Insane asylums in Bengal annual reports 1876-1887 - 1876-1887
Year: 1876
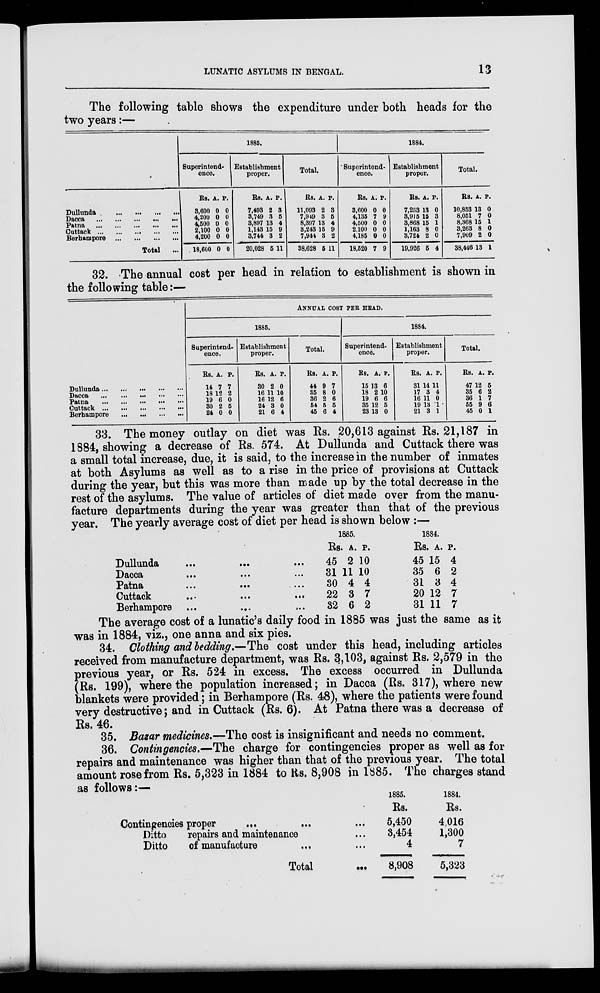
LUNATIC ASYLUMS IN BENGAL.
13
The following table shows the expenditure under both heads for the
two years:—
Dullunda
...
...
...
...
Dacca
...
...
...
...
...
Patna
...
...
...
...
...
Cuttack ... ... ... ... ... ...
Berhampore ... ... ... ... ...
Total ...
1885.
Superintend-
ence.
Rs.
3,600
4,200
4,500
2,100
4,200
18,600
A.
0
0
0
0
0
0
P.
0
0
0
0
0
0
Establishment
proper.
Rs.
7,493
3,749
3,897
1,143
3,744
20,028
A.
2
3
13
15
3
5
P.
3
5
4
9 2
11
Total.
Rs.
11,093
7,949
8,397
8,243
7,944
38,628
A.
2
3
13
15
3
5
P.
3
5
4
9
2
11
1884.
Superintend-
ence.
Rs.
3,600
4,135
4,500
2,100
4,185
18,520
A.
0
7
0
0
0
7
P.
0
9
0
0
0
9
Establishment
proper.
Rs.
7,258
3,915
3,868
1,163
3,724
19,926
A.
13
15
15
8
2
5
P.
0
3
1
0
0
4
Total.
Rs.
10,853
8,051
8,368
3,263
7,909
38,446
A.
13
7
15
8
2
13
P.
0
0
1
0
0
1
32. The annual cost per head in relation to establishment is shown in
the following table:—
Dullunda
...
...
...
...
...
Dacca
...
...
...
...
...
Patna
...
...
...
...
...
Cuttack
...
...
...
...
Berbampore
...
...
...
...
ANNUAL COST PER HEAD.
1885.
Superintend-
ence.
Rs.
14
18
19
30
24
A.
7
12
6
2
0
P.
7
2
0
5
0
Establishment
proper.
Rs.
30
16
16
24
21
A.
2
11
12
3
6
P.
0
10
6
0
4
Total.
Rs.
44
35
36
54
45
A.
9
8
2
5
6
P.
7
0
6
5
4
1884.
Superintend-
ence.
Rs.
15
18
19
35
23
A.
13
2
6
12
13
P.
6
10
6
5
0
Establishment
proper.
Rs.
31
17
16
19
21
A.
14
3
11
13
3
P.
11
4
0
1
1
Total.
Rs.
47
35
36
55
45
A.
12
6
1
9
0
P.
5
2
7
6
1
33. The money outlay on diet was Rs. 20,613 against Rs. 21,187 in
1884, showing a decrease of Rs. 574. At Dullunda and Cuttack there was
a small total increase, due, it is said, to the increase in the number of inmates
at both Asylums as well as to a rise in the price of provisions at Cuttack
during the year, but this was more than made up by the total decrease in the
rest of the asylums. The value of articles of diet made over from the manu-
facture departments during the year was greater than that of the previous
year. The yearly average cost of diet per head is shown below :—
Dullunda ... ... ...
Dacca ... ... ...
Patna ... ... ...
Cuttack ... ...
Berhampore ... ...
1865.
Rs.
45
31
30
22
32
A.
2
11
4
3
6
P.
10
10
4
7
2
1884.
Rs.
45
35
31
20
31
A.
15
6
3
12
11
P.
4
2
4
7
7
The average cost of a lunatic's daily food in 1885 was just the same as it
was in 1884, viz., one anna and six pies.
34. Clothing and bedding.—The cost under this head, including articles
received from manufacture department, was Rs. 3,103, against Rs. 2,579 in the
previous year, or Rs. 524 in excess. The excess occurred in Dullunda
(Rs. 199), where the population increased; in Dacca (Rs. 317), where new
blankets were provided; in Berhampore (Rs. 48), where the patients were found
very destructive; and in Cuttack (Rs. 6). At Patna there was a decrease of
Rs. 46.
35. Bazar medicines.—The cost is insignificant and needs no comment.
36. Contingencies.—The charge for contingencies proper as well as for
repairs and maintenance was higher than that of the previous year. The total
amount rose from Rs. 5,323 in 1884 to Rs. 8,908 in 1885. The charges stand
as follows:—
Contingencies proper
... ... ...
Ditto
repairs and maintenance ...
Ditto
of manufacture ... ...
Total ...
1885.
Rs.
5,450
3,454
4
8,908
1884.
Rs.
4,016
1,300
7
5,323